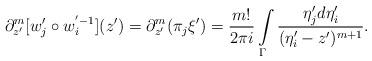
LaTeX: \begin{align*}\partial^{m}_{z'}[w'_j\circ w_i^{'-1}](z')=\partial^{m}_{z'}(\pi_j\xi')=\frac{m!}{2\pi i}\int\limits_{\Gamma}\frac{\eta'_j d\eta'_i}{(\eta'_i-z')^{m+1}}.\end{align*}